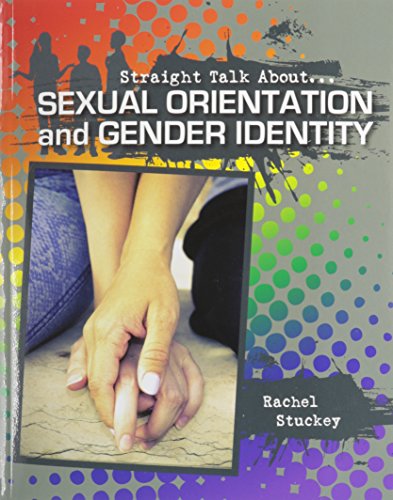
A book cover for Sexual Orientation and Gender Identity (Straight Talk About...(Crabtree)); Rachel Stuckey; Teen & Young Adult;